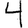
Digit: 4